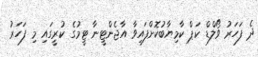
ދެ ފަހަރު ވޯލްޑް ކަޕް ކާމިޔާބުކޮށްފައިވާ އާޖެންޓީނާ ޓީމުގެ ކުރީގައި މި ފަހަރު